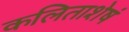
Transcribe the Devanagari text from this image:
कलिताशेषं